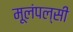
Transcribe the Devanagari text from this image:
मूलंपल्सी